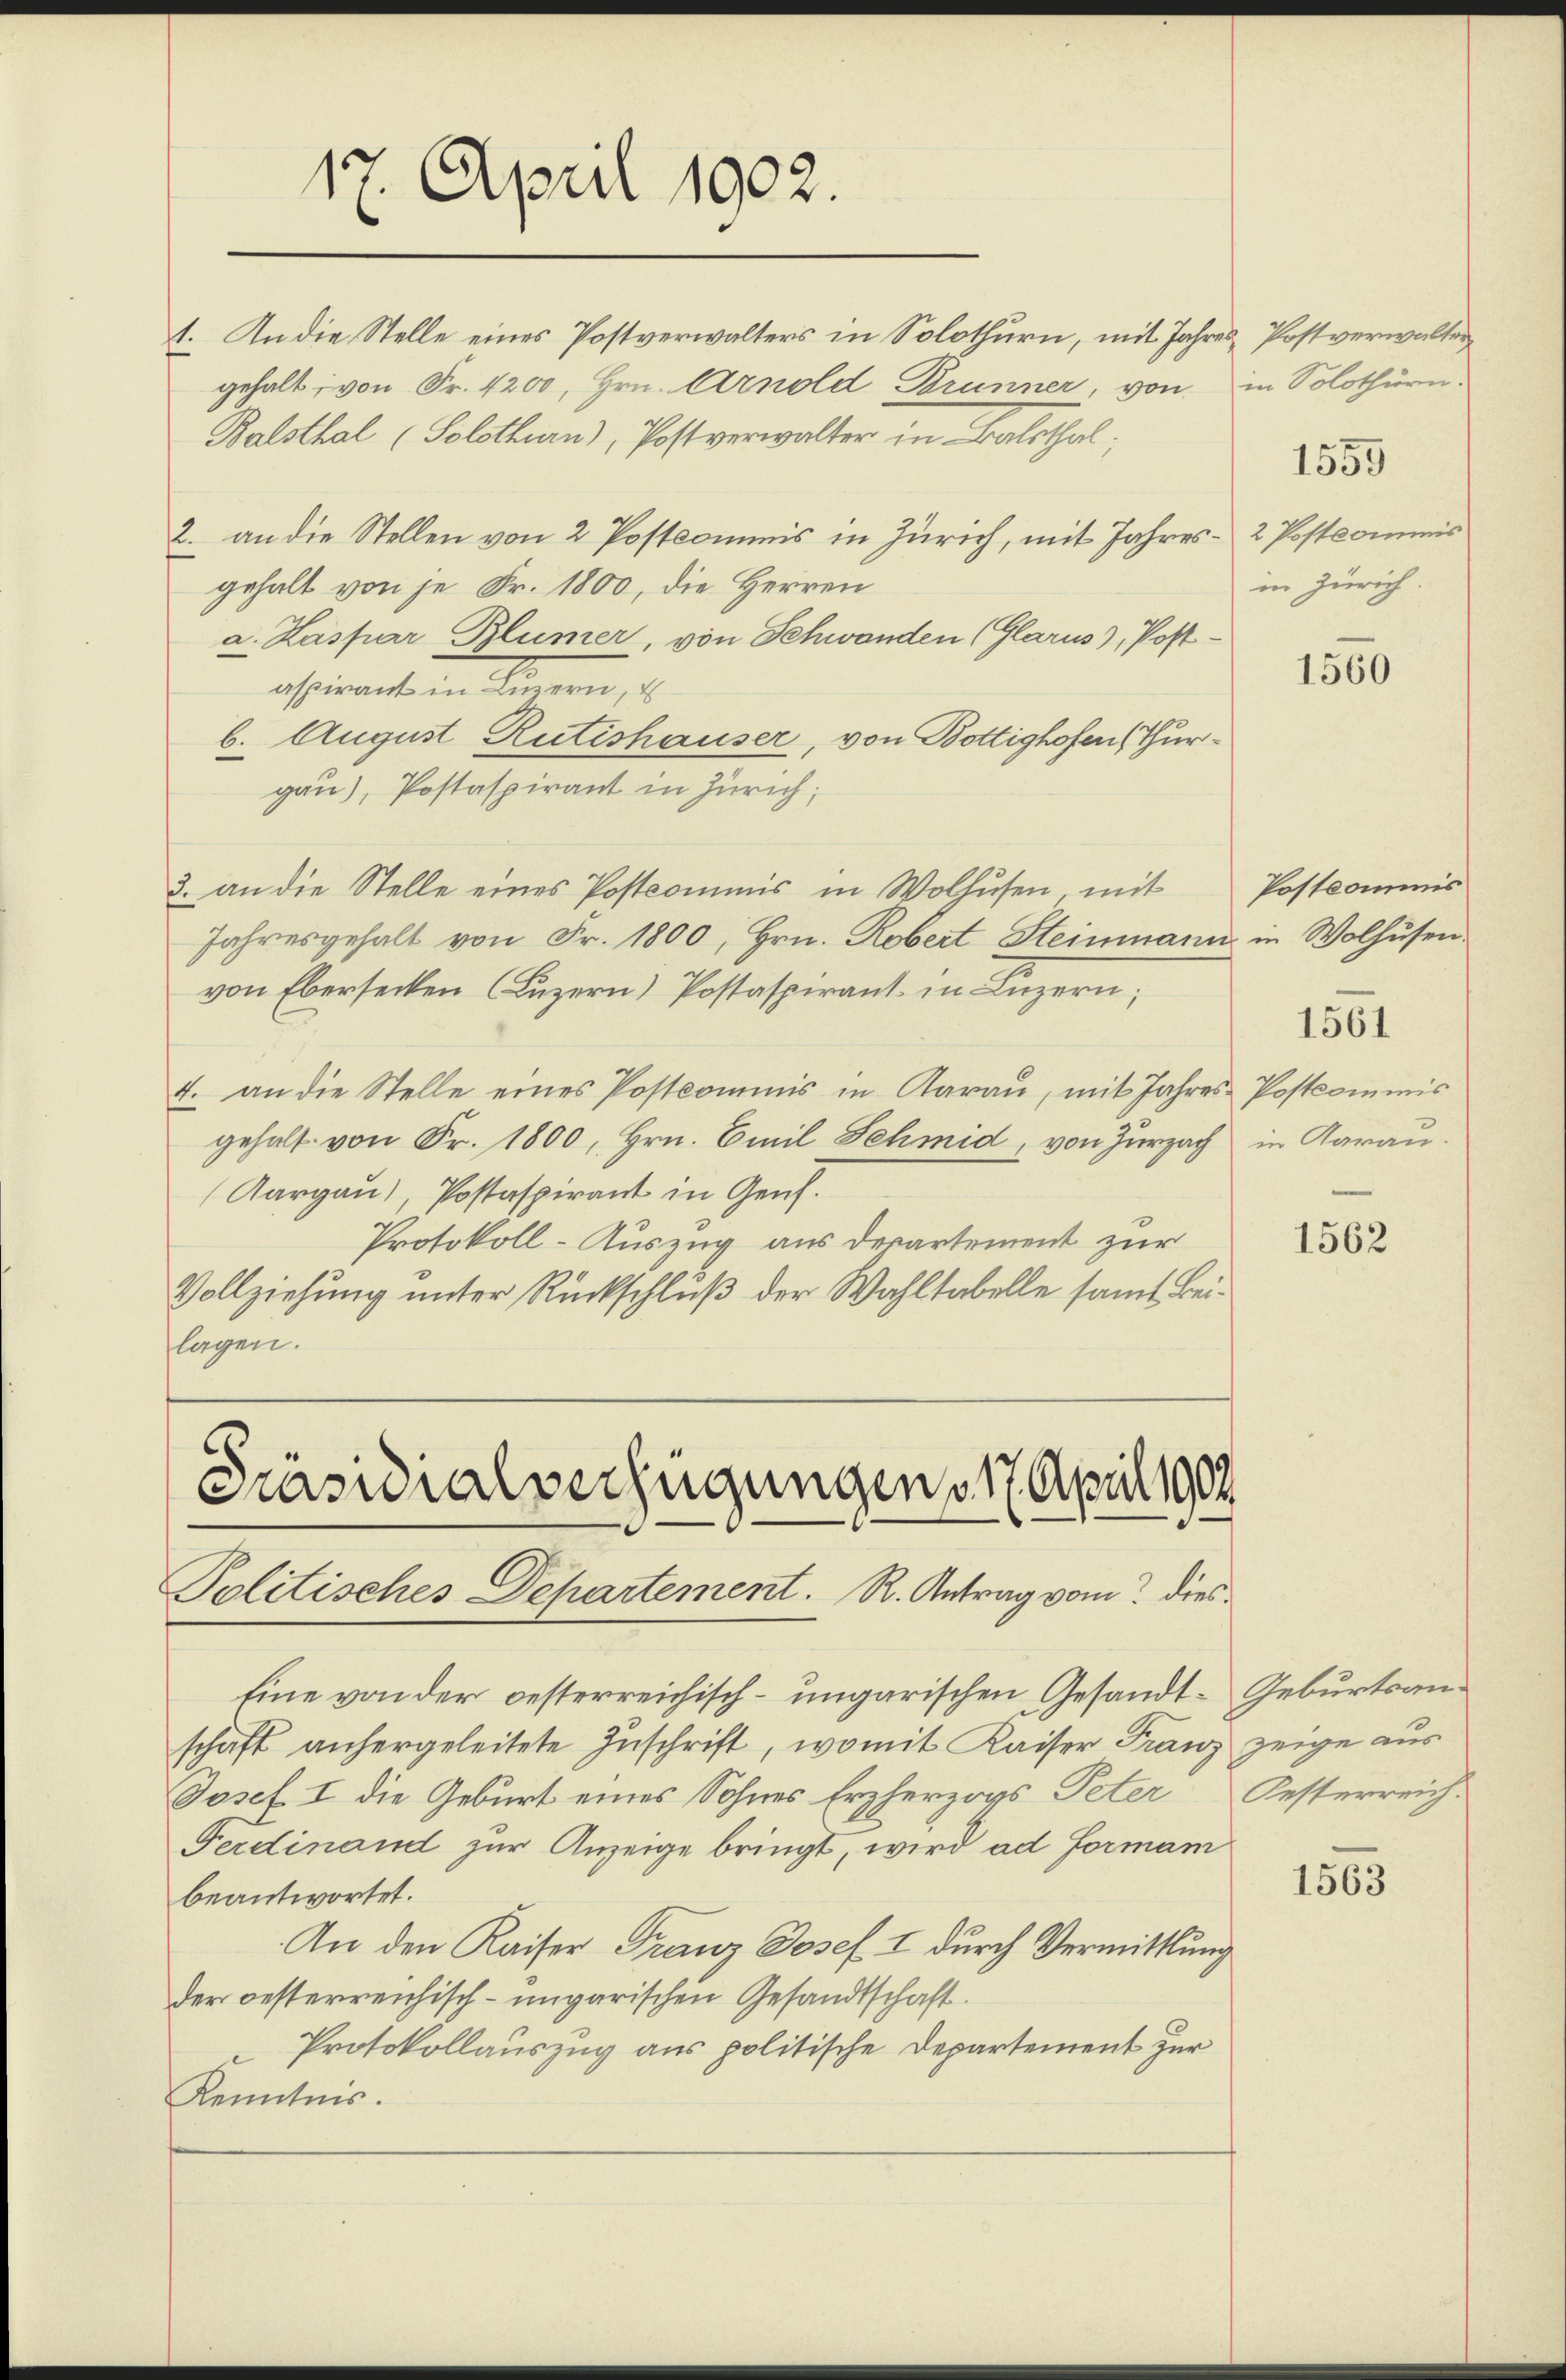
17. April 1902.

Präsidialverfügungen 17. April 1904
Politisches Departement. R. Antrag vom dies¬

1. An die Stelle eines Postverwalters in Solothurn, mit Jahres Postverwalter
gehalt von Fr. 4200, Hrn. Arnold Brunner, von
Balsthal (Solothurn), Postverwalter in Balsthal
2. an die Stellen von 2 Postcommis in Zürich, mit Jahresgehalt von je Fr. 1800, die Herren
a. Kaspar Blümer, von Schwanden (Glarus), Postaspirant in Luzern,
b. August Rutishauser, von Bottighofen (Thurgau), Postaspirant in Zürich;
3. an die Stelle eines Postcommis in Wolhusen, mit
Jahresgehalt von Fr. 1800, Hrn. Robert Steinmann in Wolhusen.
von Ebersecken (Luzern) Postaspirant in Luzern;
4. an die Stelle eines Postkommnis in Aarau, mit Jahresgehalt von Fr. 1800, Hrn. Emil Schmid, von Zurzach
(Aargau), Postaspirant in Genf.
Protokoll-Auszug aus derartement zur
Vollziehung unter Rückschluß der Wahltabelle samt Beilagen.

Eine von der oesterreichisch-ungarischen Gesandt-Geburtsanschäft anhergeleitete Zuschrift, womit Kaiser Franz zeige aus
Josef I die Geburt eines Sohnes Erzherzogs Peter Oesterreich¬
Ferdinand zur Anzeige bringt, wird ad Formam
beantwortet.
An den Kaiser Franz Josef. I durch Vermittlung
der oesterreichisch-ungarischen Gesandtschaft.
Protokollauszug aus politische Departement zur
Kenntnis.

in Solothurn.

1555

2 Postkommis
in Zürich.

1560

Postcommis

1561

Postkommis
in Aarau.

1562

1563